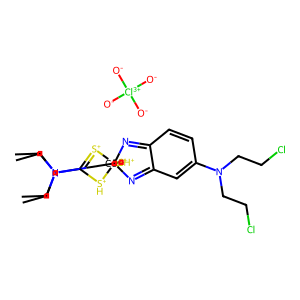
SMILES: CCN(CC)C1=[S+][Co-4]23(N=c4ccc(N(CCCl)CCCl)cc4=N2)([S+]=C(N(CC)CC)[SH+]3)[SH+]1.[O-][Cl+3]([O-])([O-])[O-]
Inhibits HIV replication: No